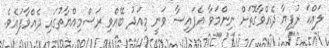
ލައްކަ ރުފިޔާ ދެއްވާގޮތަށް ނިންމަވާ އެފައިސާ ވަނީ މިއަދު ބޭއްވި ރަސްމިއްޔާތުގައި ދެއްވާފައެވެ.